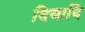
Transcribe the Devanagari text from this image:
दिवादि